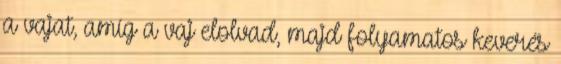
a vajat, amíg a vaj elolvad, majd folyamatos keverés